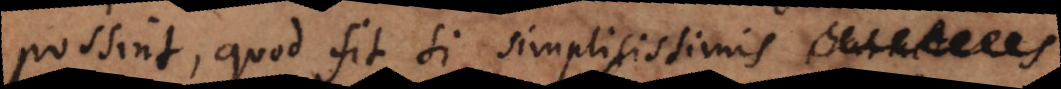
possint, quod fit si simplicissimis charact